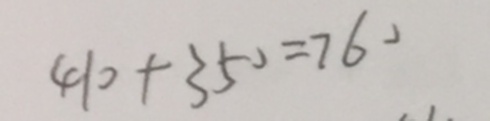
4 1 0 + 3 5 0 = 7 6 0